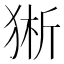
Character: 𰡕